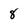
Character: 8